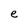
Character: e